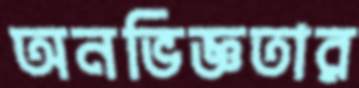
অনভিজ্ঞতার